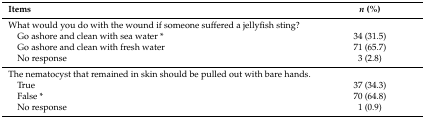
<table><thead><tr><td><b>Items</b></td><td><b><i>n</i> (%)</b></td></tr></thead><tbody><tr><td>What would you do with the wound if someone suffered a jellyfish sting?</td><td></td></tr><tr><td> Go ashore and clean with sea water *</td><td>34 (31.5)</td></tr><tr><td> Go ashore and clean with fresh water</td><td>71 (65.7)</td></tr><tr><td> No response</td><td>3 (2.8)</td></tr><tr><td>The nematocyst that remained in skin should be pulled out with bare hands.</td><td></td></tr><tr><td> True</td><td>37 (34.3)</td></tr><tr><td> False *</td><td>70 (64.8)</td></tr><tr><td> No response</td><td>1 (0.9)</td></tr></tbody></table>